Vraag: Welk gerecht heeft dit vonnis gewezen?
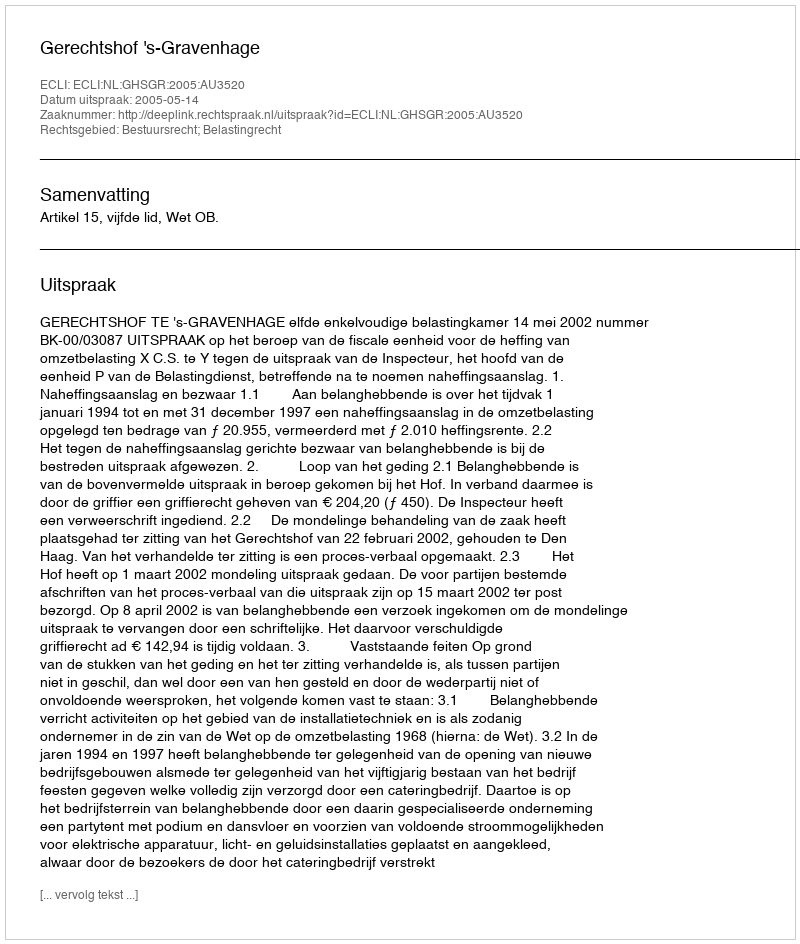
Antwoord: Gerechtshof 's-Gravenhage